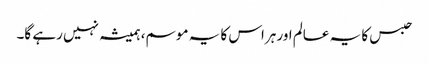
حبس کا یہ عالم اور ہراس کا یہ موسم، ہمیشہ نہیں رہے گا۔